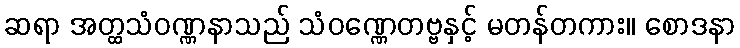
ဆရာ အတ္ထသံဝဏ္ဏနာသည် သံဝဏ္ဏေတဗ္ဗနှင့် မတန်တကား။ စောဒနာ